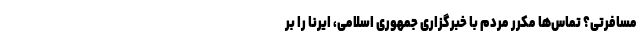
مسافرتی؟ تماس‌ها مکرر مردم با خبرگزاری جمهوری اسلامی، ایرنا را بر